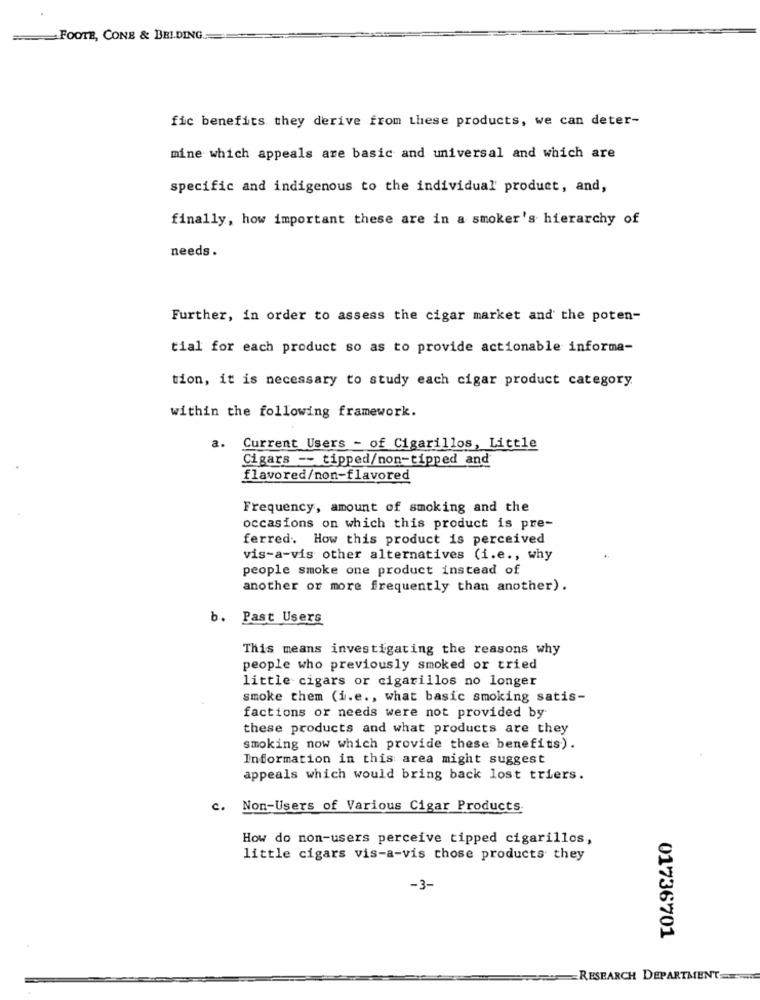
=
FOOTE, CONE & BEI.DING.
fic benefits they derive from these products, we can deter-
mine which appeals are basic and universal and which are
specific and indigenous to the individual' product, and,
finally, how important these are in a smoker's hierarchy of
needs .
Further, in order to assess the cigar market and the poten-
tial for each product so as to provide actionable informa-
tion, it is necessary to study each cigar product category.
within the following framework.
a. Current Users - of Cigarillos, Little
Cigars -- tipped/non-tipped and
flavored/non-flavored
Frequency, amount of smoking and the
occasions on which this product is pre-
ferred. How this product is perceived
vis-a-vis other alternatives (i.e ., why
people smoke one product instead of
another or more frequently than another).
b. Past Users
This means investigating the reasons why
people who previously smoked or tried
little cigars or cigarillos no longer
smoke them (i.e ., what basic smoking satis-
factions or needs were not provided by
these products and what products are they
smoking now which provide these benefits).
Information in this area might suggest
appeals which would bring back lost triers.
c.
Non-Users of Various Cigar Products.
How do non-users perceive tipped cigarillos,
little cigars vis-a-vis those products they
-3-
01736701
RESEARCH DEPARTMENT